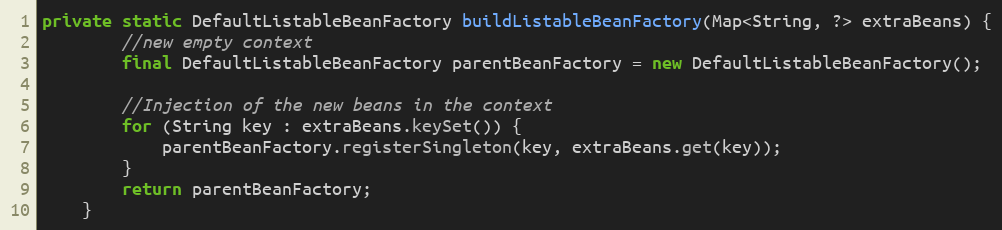
Language: Java
private static DefaultListableBeanFactory buildListableBeanFactory(Map<String, ?> extraBeans) {
        //new empty context
        final DefaultListableBeanFactory parentBeanFactory = new DefaultListableBeanFactory();

        //Injection of the new beans in the context
        for (String key : extraBeans.keySet()) {
            parentBeanFactory.registerSingleton(key, extraBeans.get(key));
        }
        return parentBeanFactory;
    }